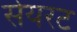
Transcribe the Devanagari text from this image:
सेयरट